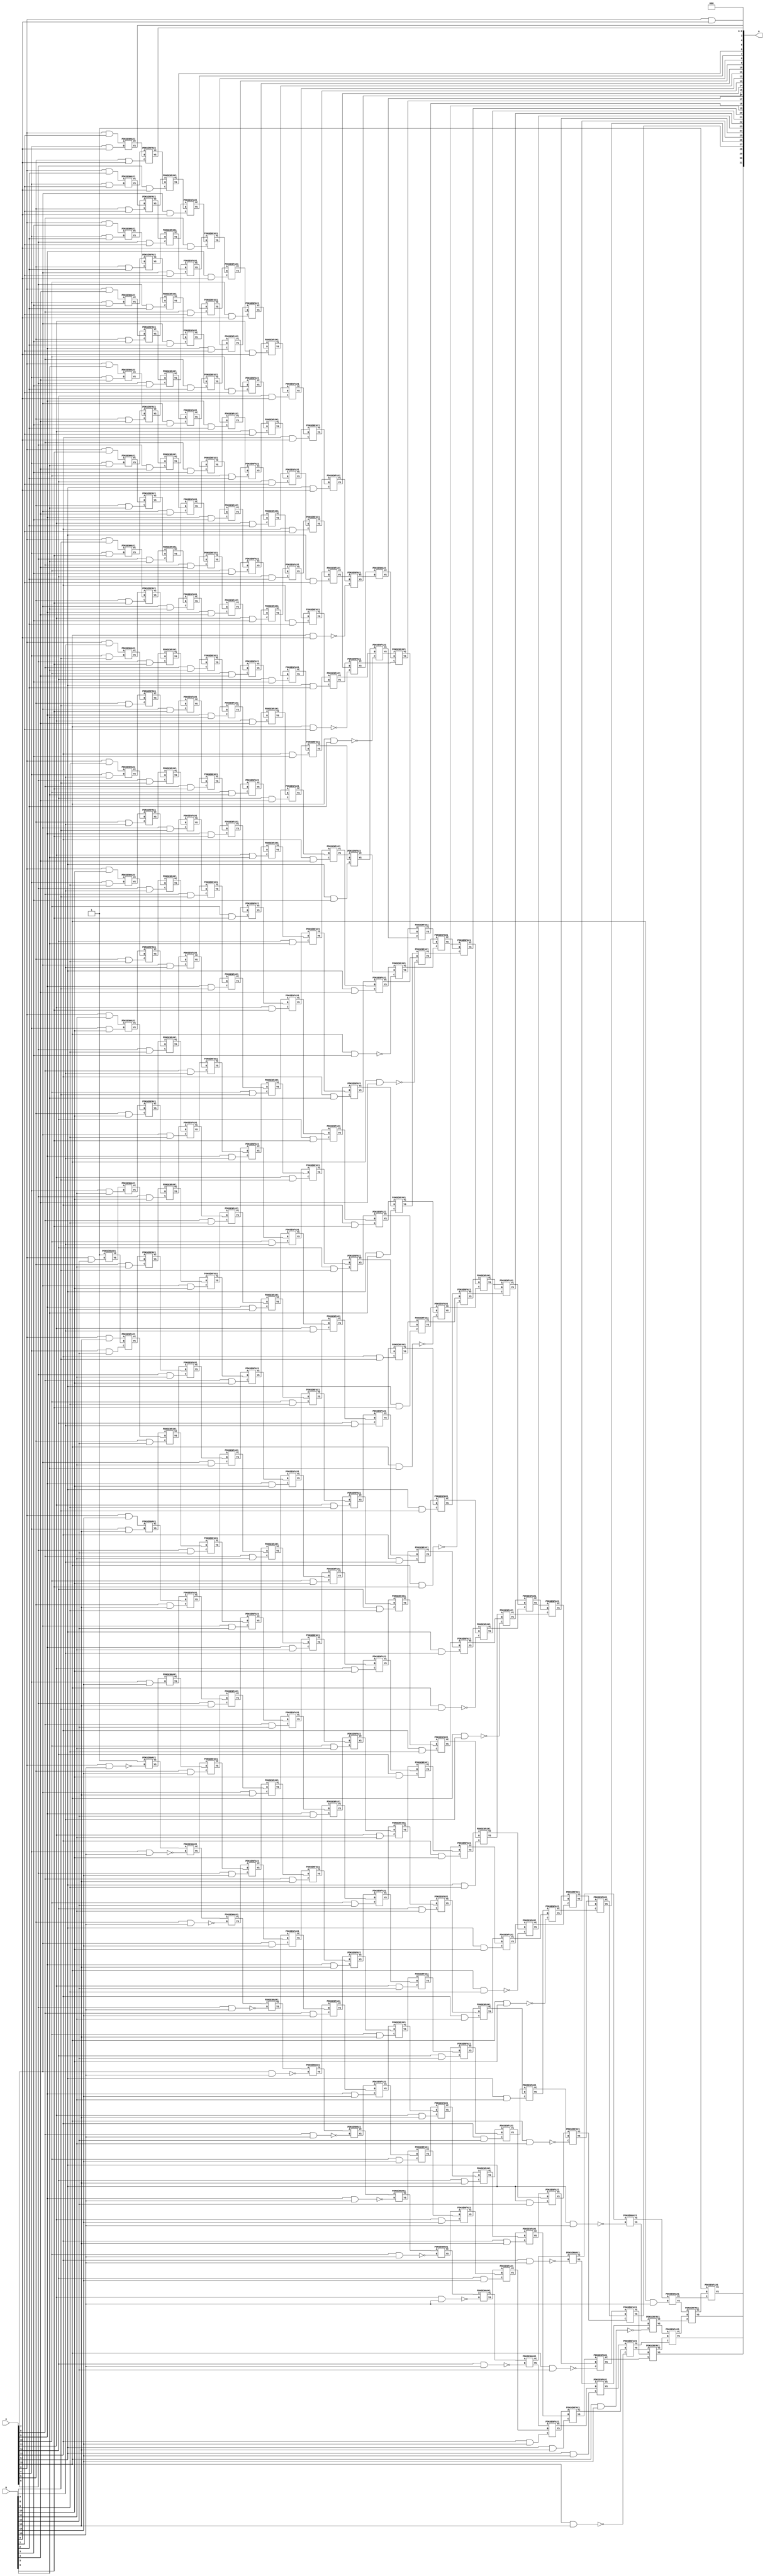
/***
* This code is a part of EvoApproxLib library (ehw.fit.vutbr.cz/approxlib) distributed under The MIT License.
* When used, please cite the following article(s): V. Mrazek, Z. Vasicek, L. Sekanina, H. Jiang and J. Han, "Scalable Construction of Approximate Multipliers With Formally Guaranteed Worst Case Error" in IEEE Transactions on Very Large Scale Integration (VLSI) Systems, vol. 26, no. 11, pp. 2572-2576, Nov. 2018. doi: 10.1109/TVLSI.2018.2856362 
* This file contains a circuit from a sub-set of pareto optimal circuits with respect to the pwr and ep parameters
***/
// MAE% = 0.0013 %
// MAE = 57344 
// WCE% = 0.0053 %
// WCE = 229376 
// WCRE% = 700.00 %
// EP% = 87.50 %
// MRE% = 0.12 %
// MSE = 62634.94e5 
// PDK45_PWR = 1.961 mW
// PDK45_AREA = 2495.7 um2
// PDK45_DELAY = 2.87 ns


module mul16s_G7F ( A, B, O );
  input [15:0] A;
  input [15:0] B;
  output [31:0] O;

  wire C_10_0,C_10_1,C_10_10,C_10_11,C_10_12,C_10_13,C_10_14,C_10_15,C_10_2,C_10_3,C_10_4,C_10_5,C_10_6,C_10_7,C_10_8,C_10_9,C_11_0,C_11_1,C_11_10,C_11_11,C_11_12,C_11_13,C_11_14,C_11_15,C_11_2,C_11_3,C_11_4,C_11_5,C_11_6,C_11_7,C_11_8,C_11_9,C_12_0,C_12_1,C_12_10,C_12_11,C_12_12,C_12_13,C_12_14,C_12_15,C_12_2,C_12_3,C_12_4,C_12_5,C_12_6,C_12_7,C_12_8,C_12_9,C_13_0,C_13_1,C_13_10,C_13_11,C_13_12,C_13_13,C_13_14,C_13_15,C_13_2,C_13_3,C_13_4,C_13_5,C_13_6,C_13_7,C_13_8,C_13_9,C_14_0,C_14_1,C_14_10,C_14_11,C_14_12,C_14_13,C_14_14,C_14_15,C_14_2,C_14_3,C_14_4,C_14_5,C_14_6,C_14_7,C_14_8,C_14_9,C_15_0,C_15_1,C_15_10,C_15_11,C_15_12,C_15_13,C_15_14,C_15_15,C_15_2,C_15_3,C_15_4,C_15_5,C_15_6,C_15_7,C_15_8,C_15_9,C_16_0,C_16_1,C_16_10,C_16_11,C_16_12,C_16_13,C_16_14,C_16_15,C_16_2,C_16_3,C_16_4,C_16_5,C_16_6,C_16_7,C_16_8,C_16_9,C_3_12,C_3_15,C_4_0,C_4_1,C_4_10,C_4_11,C_4_12,C_4_13,C_4_14,C_4_15,C_4_2,C_4_3,C_4_4,C_4_5,C_4_6,C_4_7,C_4_8,C_4_9,C_5_0,C_5_1,C_5_10,C_5_11,C_5_12,C_5_13,C_5_14,C_5_15,C_5_2,C_5_3,C_5_4,C_5_5,C_5_6,C_5_7,C_5_8,C_5_9,C_6_0,C_6_1,C_6_10,C_6_11,C_6_12,C_6_13,C_6_14,C_6_15,C_6_2,C_6_3,C_6_4,C_6_5,C_6_6,C_6_7,C_6_8,C_6_9,C_7_0,C_7_1,C_7_10,C_7_11,C_7_12,C_7_13,C_7_14,C_7_15,C_7_2,C_7_3,C_7_4,C_7_5,C_7_6,C_7_7,C_7_8,C_7_9,C_8_0,C_8_1,C_8_10,C_8_11,C_8_12,C_8_13,C_8_14,C_8_15,C_8_2,C_8_3,C_8_4,C_8_5,C_8_6,C_8_7,C_8_8,C_8_9,C_9_0,C_9_1,C_9_10,C_9_11,C_9_12,C_9_13,C_9_14,C_9_15,C_9_2,C_9_3,C_9_4,C_9_5,C_9_6,C_9_7,C_9_8,C_9_9,S_0_15,S_10_0,S_10_1,S_10_10,S_10_11,S_10_12,S_10_13,S_10_14,S_10_15,S_10_2,S_10_3,S_10_4,S_10_5,S_10_6,S_10_7,S_10_8,S_10_9,S_11_0,S_11_1,S_11_10,S_11_11,S_11_12,S_11_13,S_11_14,S_11_15,S_11_2,S_11_3,S_11_4,S_11_5,S_11_6,S_11_7,S_11_8,S_11_9,S_12_0,S_12_1,S_12_10,S_12_11,S_12_12,S_12_13,S_12_14,S_12_15,S_12_2,S_12_3,S_12_4,S_12_5,S_12_6,S_12_7,S_12_8,S_12_9,S_13_0,S_13_1,S_13_10,S_13_11,S_13_12,S_13_13,S_13_14,S_13_15,S_13_2,S_13_3,S_13_4,S_13_5,S_13_6,S_13_7,S_13_8,S_13_9,S_14_0,S_14_1,S_14_10,S_14_11,S_14_12,S_14_13,S_14_14,S_14_15,S_14_2,S_14_3,S_14_4,S_14_5,S_14_6,S_14_7,S_14_8,S_14_9,S_15_0,S_15_1,S_15_10,S_15_11,S_15_12,S_15_13,S_15_14,S_15_15,S_15_2,S_15_3,S_15_4,S_15_5,S_15_6,S_15_7,S_15_8,S_15_9,S_16_0,S_16_1,S_16_10,S_16_11,S_16_12,S_16_13,S_16_14,S_16_15,S_16_2,S_16_3,S_16_4,S_16_5,S_16_6,S_16_7,S_16_8,S_16_9,S_1_14,S_2_13,S_3_0,S_3_1,S_3_10,S_3_11,S_3_12,S_3_13,S_3_14,S_3_15,S_3_2,S_3_3,S_3_4,S_3_5,S_3_6,S_3_7,S_3_8,S_3_9,S_4_0,S_4_1,S_4_10,S_4_11,S_4_12,S_4_13,S_4_14,S_4_15,S_4_2,S_4_3,S_4_4,S_4_5,S_4_6,S_4_7,S_4_8,S_4_9,S_5_0,S_5_1,S_5_10,S_5_11,S_5_12,S_5_13,S_5_14,S_5_15,S_5_2,S_5_3,S_5_4,S_5_5,S_5_6,S_5_7,S_5_8,S_5_9,S_6_0,S_6_1,S_6_10,S_6_11,S_6_12,S_6_13,S_6_14,S_6_15,S_6_2,S_6_3,S_6_4,S_6_5,S_6_6,S_6_7,S_6_8,S_6_9,S_7_0,S_7_1,S_7_10,S_7_11,S_7_12,S_7_13,S_7_14,S_7_15,S_7_2,S_7_3,S_7_4,S_7_5,S_7_6,S_7_7,S_7_8,S_7_9,S_8_0,S_8_1,S_8_10,S_8_11,S_8_12,S_8_13,S_8_14,S_8_15,S_8_2,S_8_3,S_8_4,S_8_5,S_8_6,S_8_7,S_8_8,S_8_9,S_9_0,S_9_1,S_9_10,S_9_11,S_9_12,S_9_13,S_9_14,S_9_15,S_9_2,S_9_3,S_9_4,S_9_5,S_9_6,S_9_7,S_9_8,S_9_9;

  assign S_0_15 = 1'b1;
  assign S_1_14 = 1'b1;
  assign S_2_13 = 1'b1;
  assign S_3_0 = (A[3] & B[0]);
  assign S_3_1 = (A[3] & B[1]);
  assign S_3_2 = (A[3] & B[2]);
  assign S_3_3 = (A[3] & B[3]);
  assign S_3_4 = (A[3] & B[4]);
  assign S_3_5 = (A[3] & B[5]);
  assign S_3_6 = (A[3] & B[6]);
  assign S_3_7 = (A[3] & B[7]);
  assign S_3_8 = (A[3] & B[8]);
  assign S_3_9 = (A[3] & B[9]);
  assign S_3_10 = (A[3] & B[10]);
  assign S_3_11 = (A[3] & B[11]);
  PDKGENHAX1 U127789 (.A(S_2_13), .B((A[3] & B[12])), .YS(S_3_12), .YC(C_3_12));
  assign S_3_13 = (A[3] & B[13]);
  assign S_3_14 = (A[3] & B[14]);
  PDKGENHAX1 U127792 (.A(1'b1), .B(~(A[3] & B[15])), .YS(S_3_15), .YC(C_3_15));
  PDKGENHAX1 U127793 (.A(S_3_1), .B((A[4] & B[0])), .YS(S_4_0), .YC(C_4_0));
  PDKGENHAX1 U127794 (.A(S_3_2), .B((A[4] & B[1])), .YS(S_4_1), .YC(C_4_1));
  PDKGENHAX1 U127795 (.A(S_3_3), .B((A[4] & B[2])), .YS(S_4_2), .YC(C_4_2));
  PDKGENHAX1 U127796 (.A(S_3_4), .B((A[4] & B[3])), .YS(S_4_3), .YC(C_4_3));
  PDKGENHAX1 U127797 (.A(S_3_5), .B((A[4] & B[4])), .YS(S_4_4), .YC(C_4_4));
  PDKGENHAX1 U127798 (.A(S_3_6), .B((A[4] & B[5])), .YS(S_4_5), .YC(C_4_5));
  PDKGENHAX1 U127799 (.A(S_3_7), .B((A[4] & B[6])), .YS(S_4_6), .YC(C_4_6));
  PDKGENHAX1 U127800 (.A(S_3_8), .B((A[4] & B[7])), .YS(S_4_7), .YC(C_4_7));
  PDKGENHAX1 U127801 (.A(S_3_9), .B((A[4] & B[8])), .YS(S_4_8), .YC(C_4_8));
  PDKGENHAX1 U127802 (.A(S_3_10), .B((A[4] & B[9])), .YS(S_4_9), .YC(C_4_9));
  PDKGENHAX1 U127803 (.A(S_3_11), .B((A[4] & B[10])), .YS(S_4_10), .YC(C_4_10));
  PDKGENHAX1 U127804 (.A(S_3_12), .B((A[4] & B[11])), .YS(S_4_11), .YC(C_4_11));
  PDKGENFAX1 U127805 (.A(S_3_13), .B(C_3_12), .C((A[4] & B[12])), .YS(S_4_12), .YC(C_4_12));
  PDKGENHAX1 U127806 (.A(S_3_14), .B((A[4] & B[13])), .YS(S_4_13), .YC(C_4_13));
  PDKGENHAX1 U127807 (.A(S_3_15), .B((A[4] & B[14])), .YS(S_4_14), .YC(C_4_14));
  PDKGENHAX1 U127808 (.A(C_3_15), .B(~(A[4] & B[15])), .YS(S_4_15), .YC(C_4_15));
  PDKGENFAX1 U127809 (.A(S_4_1), .B(C_4_0), .C((A[5] & B[0])), .YS(S_5_0), .YC(C_5_0));
  PDKGENFAX1 U127810 (.A(S_4_2), .B(C_4_1), .C((A[5] & B[1])), .YS(S_5_1), .YC(C_5_1));
  PDKGENFAX1 U127811 (.A(S_4_3), .B(C_4_2), .C((A[5] & B[2])), .YS(S_5_2), .YC(C_5_2));
  PDKGENFAX1 U127812 (.A(S_4_4), .B(C_4_3), .C((A[5] & B[3])), .YS(S_5_3), .YC(C_5_3));
  PDKGENFAX1 U127813 (.A(S_4_5), .B(C_4_4), .C((A[5] & B[4])), .YS(S_5_4), .YC(C_5_4));
  PDKGENFAX1 U127814 (.A(S_4_6), .B(C_4_5), .C((A[5] & B[5])), .YS(S_5_5), .YC(C_5_5));
  PDKGENFAX1 U127815 (.A(S_4_7), .B(C_4_6), .C((A[5] & B[6])), .YS(S_5_6), .YC(C_5_6));
  PDKGENFAX1 U127816 (.A(S_4_8), .B(C_4_7), .C((A[5] & B[7])), .YS(S_5_7), .YC(C_5_7));
  PDKGENFAX1 U127817 (.A(S_4_9), .B(C_4_8), .C((A[5] & B[8])), .YS(S_5_8), .YC(C_5_8));
  PDKGENFAX1 U127818 (.A(S_4_10), .B(C_4_9), .C((A[5] & B[9])), .YS(S_5_9), .YC(C_5_9));
  PDKGENFAX1 U127819 (.A(S_4_11), .B(C_4_10), .C((A[5] & B[10])), .YS(S_5_10), .YC(C_5_10));
  PDKGENFAX1 U127820 (.A(S_4_12), .B(C_4_11), .C((A[5] & B[11])), .YS(S_5_11), .YC(C_5_11));
  PDKGENFAX1 U127821 (.A(S_4_13), .B(C_4_12), .C((A[5] & B[12])), .YS(S_5_12), .YC(C_5_12));
  PDKGENFAX1 U127822 (.A(S_4_14), .B(C_4_13), .C((A[5] & B[13])), .YS(S_5_13), .YC(C_5_13));
  PDKGENFAX1 U127823 (.A(S_4_15), .B(C_4_14), .C((A[5] & B[14])), .YS(S_5_14), .YC(C_5_14));
  PDKGENHAX1 U127824 (.A(C_4_15), .B(~(A[5] & B[15])), .YS(S_5_15), .YC(C_5_15));
  PDKGENFAX1 U127825 (.A(S_5_1), .B(C_5_0), .C((A[6] & B[0])), .YS(S_6_0), .YC(C_6_0));
  PDKGENFAX1 U127826 (.A(S_5_2), .B(C_5_1), .C((A[6] & B[1])), .YS(S_6_1), .YC(C_6_1));
  PDKGENFAX1 U127827 (.A(S_5_3), .B(C_5_2), .C((A[6] & B[2])), .YS(S_6_2), .YC(C_6_2));
  PDKGENFAX1 U127828 (.A(S_5_4), .B(C_5_3), .C((A[6] & B[3])), .YS(S_6_3), .YC(C_6_3));
  PDKGENFAX1 U127829 (.A(S_5_5), .B(C_5_4), .C((A[6] & B[4])), .YS(S_6_4), .YC(C_6_4));
  PDKGENFAX1 U127830 (.A(S_5_6), .B(C_5_5), .C((A[6] & B[5])), .YS(S_6_5), .YC(C_6_5));
  PDKGENFAX1 U127831 (.A(S_5_7), .B(C_5_6), .C((A[6] & B[6])), .YS(S_6_6), .YC(C_6_6));
  PDKGENFAX1 U127832 (.A(S_5_8), .B(C_5_7), .C((A[6] & B[7])), .YS(S_6_7), .YC(C_6_7));
  PDKGENFAX1 U127833 (.A(S_5_9), .B(C_5_8), .C((A[6] & B[8])), .YS(S_6_8), .YC(C_6_8));
  PDKGENFAX1 U127834 (.A(S_5_10), .B(C_5_9), .C((A[6] & B[9])), .YS(S_6_9), .YC(C_6_9));
  PDKGENFAX1 U127835 (.A(S_5_11), .B(C_5_10), .C((A[6] & B[10])), .YS(S_6_10), .YC(C_6_10));
  PDKGENFAX1 U127836 (.A(S_5_12), .B(C_5_11), .C((A[6] & B[11])), .YS(S_6_11), .YC(C_6_11));
  PDKGENFAX1 U127837 (.A(S_5_13), .B(C_5_12), .C((A[6] & B[12])), .YS(S_6_12), .YC(C_6_12));
  PDKGENFAX1 U127838 (.A(S_5_14), .B(C_5_13), .C((A[6] & B[13])), .YS(S_6_13), .YC(C_6_13));
  PDKGENFAX1 U127839 (.A(S_5_15), .B(C_5_14), .C((A[6] & B[14])), .YS(S_6_14), .YC(C_6_14));
  PDKGENHAX1 U127840 (.A(C_5_15), .B(~(A[6] & B[15])), .YS(S_6_15), .YC(C_6_15));
  PDKGENFAX1 U127841 (.A(S_6_1), .B(C_6_0), .C((A[7] & B[0])), .YS(S_7_0), .YC(C_7_0));
  PDKGENFAX1 U127842 (.A(S_6_2), .B(C_6_1), .C((A[7] & B[1])), .YS(S_7_1), .YC(C_7_1));
  PDKGENFAX1 U127843 (.A(S_6_3), .B(C_6_2), .C((A[7] & B[2])), .YS(S_7_2), .YC(C_7_2));
  PDKGENFAX1 U127844 (.A(S_6_4), .B(C_6_3), .C((A[7] & B[3])), .YS(S_7_3), .YC(C_7_3));
  PDKGENFAX1 U127845 (.A(S_6_5), .B(C_6_4), .C((A[7] & B[4])), .YS(S_7_4), .YC(C_7_4));
  PDKGENFAX1 U127846 (.A(S_6_6), .B(C_6_5), .C((A[7] & B[5])), .YS(S_7_5), .YC(C_7_5));
  PDKGENFAX1 U127847 (.A(S_6_7), .B(C_6_6), .C((A[7] & B[6])), .YS(S_7_6), .YC(C_7_6));
  PDKGENFAX1 U127848 (.A(S_6_8), .B(C_6_7), .C((A[7] & B[7])), .YS(S_7_7), .YC(C_7_7));
  PDKGENFAX1 U127849 (.A(S_6_9), .B(C_6_8), .C((A[7] & B[8])), .YS(S_7_8), .YC(C_7_8));
  PDKGENFAX1 U127850 (.A(S_6_10), .B(C_6_9), .C((A[7] & B[9])), .YS(S_7_9), .YC(C_7_9));
  PDKGENFAX1 U127851 (.A(S_6_11), .B(C_6_10), .C((A[7] & B[10])), .YS(S_7_10), .YC(C_7_10));
  PDKGENFAX1 U127852 (.A(S_6_12), .B(C_6_11), .C((A[7] & B[11])), .YS(S_7_11), .YC(C_7_11));
  PDKGENFAX1 U127853 (.A(S_6_13), .B(C_6_12), .C((A[7] & B[12])), .YS(S_7_12), .YC(C_7_12));
  PDKGENFAX1 U127854 (.A(S_6_14), .B(C_6_13), .C((A[7] & B[13])), .YS(S_7_13), .YC(C_7_13));
  PDKGENFAX1 U127855 (.A(S_6_15), .B(C_6_14), .C((A[7] & B[14])), .YS(S_7_14), .YC(C_7_14));
  PDKGENHAX1 U127856 (.A(C_6_15), .B(~(A[7] & B[15])), .YS(S_7_15), .YC(C_7_15));
  PDKGENFAX1 U127857 (.A(S_7_1), .B(C_7_0), .C((A[8] & B[0])), .YS(S_8_0), .YC(C_8_0));
  PDKGENFAX1 U127858 (.A(S_7_2), .B(C_7_1), .C((A[8] & B[1])), .YS(S_8_1), .YC(C_8_1));
  PDKGENFAX1 U127859 (.A(S_7_3), .B(C_7_2), .C((A[8] & B[2])), .YS(S_8_2), .YC(C_8_2));
  PDKGENFAX1 U127860 (.A(S_7_4), .B(C_7_3), .C((A[8] & B[3])), .YS(S_8_3), .YC(C_8_3));
  PDKGENFAX1 U127861 (.A(S_7_5), .B(C_7_4), .C((A[8] & B[4])), .YS(S_8_4), .YC(C_8_4));
  PDKGENFAX1 U127862 (.A(S_7_6), .B(C_7_5), .C((A[8] & B[5])), .YS(S_8_5), .YC(C_8_5));
  PDKGENFAX1 U127863 (.A(S_7_7), .B(C_7_6), .C((A[8] & B[6])), .YS(S_8_6), .YC(C_8_6));
  PDKGENFAX1 U127864 (.A(S_7_8), .B(C_7_7), .C((A[8] & B[7])), .YS(S_8_7), .YC(C_8_7));
  PDKGENFAX1 U127865 (.A(S_7_9), .B(C_7_8), .C((A[8] & B[8])), .YS(S_8_8), .YC(C_8_8));
  PDKGENFAX1 U127866 (.A(S_7_10), .B(C_7_9), .C((A[8] & B[9])), .YS(S_8_9), .YC(C_8_9));
  PDKGENFAX1 U127867 (.A(S_7_11), .B(C_7_10), .C((A[8] & B[10])), .YS(S_8_10), .YC(C_8_10));
  PDKGENFAX1 U127868 (.A(S_7_12), .B(C_7_11), .C((A[8] & B[11])), .YS(S_8_11), .YC(C_8_11));
  PDKGENFAX1 U127869 (.A(S_7_13), .B(C_7_12), .C((A[8] & B[12])), .YS(S_8_12), .YC(C_8_12));
  PDKGENFAX1 U127870 (.A(S_7_14), .B(C_7_13), .C((A[8] & B[13])), .YS(S_8_13), .YC(C_8_13));
  PDKGENFAX1 U127871 (.A(S_7_15), .B(C_7_14), .C((A[8] & B[14])), .YS(S_8_14), .YC(C_8_14));
  PDKGENHAX1 U127872 (.A(C_7_15), .B(~(A[8] & B[15])), .YS(S_8_15), .YC(C_8_15));
  PDKGENFAX1 U127873 (.A(S_8_1), .B(C_8_0), .C((A[9] & B[0])), .YS(S_9_0), .YC(C_9_0));
  PDKGENFAX1 U127874 (.A(S_8_2), .B(C_8_1), .C((A[9] & B[1])), .YS(S_9_1), .YC(C_9_1));
  PDKGENFAX1 U127875 (.A(S_8_3), .B(C_8_2), .C((A[9] & B[2])), .YS(S_9_2), .YC(C_9_2));
  PDKGENFAX1 U127876 (.A(S_8_4), .B(C_8_3), .C((A[9] & B[3])), .YS(S_9_3), .YC(C_9_3));
  PDKGENFAX1 U127877 (.A(S_8_5), .B(C_8_4), .C((A[9] & B[4])), .YS(S_9_4), .YC(C_9_4));
  PDKGENFAX1 U127878 (.A(S_8_6), .B(C_8_5), .C((A[9] & B[5])), .YS(S_9_5), .YC(C_9_5));
  PDKGENFAX1 U127879 (.A(S_8_7), .B(C_8_6), .C((A[9] & B[6])), .YS(S_9_6), .YC(C_9_6));
  PDKGENFAX1 U127880 (.A(S_8_8), .B(C_8_7), .C((A[9] & B[7])), .YS(S_9_7), .YC(C_9_7));
  PDKGENFAX1 U127881 (.A(S_8_9), .B(C_8_8), .C((A[9] & B[8])), .YS(S_9_8), .YC(C_9_8));
  PDKGENFAX1 U127882 (.A(S_8_10), .B(C_8_9), .C((A[9] & B[9])), .YS(S_9_9), .YC(C_9_9));
  PDKGENFAX1 U127883 (.A(S_8_11), .B(C_8_10), .C((A[9] & B[10])), .YS(S_9_10), .YC(C_9_10));
  PDKGENFAX1 U127884 (.A(S_8_12), .B(C_8_11), .C((A[9] & B[11])), .YS(S_9_11), .YC(C_9_11));
  PDKGENFAX1 U127885 (.A(S_8_13), .B(C_8_12), .C((A[9] & B[12])), .YS(S_9_12), .YC(C_9_12));
  PDKGENFAX1 U127886 (.A(S_8_14), .B(C_8_13), .C((A[9] & B[13])), .YS(S_9_13), .YC(C_9_13));
  PDKGENFAX1 U127887 (.A(S_8_15), .B(C_8_14), .C((A[9] & B[14])), .YS(S_9_14), .YC(C_9_14));
  PDKGENHAX1 U127888 (.A(C_8_15), .B(~(A[9] & B[15])), .YS(S_9_15), .YC(C_9_15));
  PDKGENFAX1 U127889 (.A(S_9_1), .B(C_9_0), .C((A[10] & B[0])), .YS(S_10_0), .YC(C_10_0));
  PDKGENFAX1 U127890 (.A(S_9_2), .B(C_9_1), .C((A[10] & B[1])), .YS(S_10_1), .YC(C_10_1));
  PDKGENFAX1 U127891 (.A(S_9_3), .B(C_9_2), .C((A[10] & B[2])), .YS(S_10_2), .YC(C_10_2));
  PDKGENFAX1 U127892 (.A(S_9_4), .B(C_9_3), .C((A[10] & B[3])), .YS(S_10_3), .YC(C_10_3));
  PDKGENFAX1 U127893 (.A(S_9_5), .B(C_9_4), .C((A[10] & B[4])), .YS(S_10_4), .YC(C_10_4));
  PDKGENFAX1 U127894 (.A(S_9_6), .B(C_9_5), .C((A[10] & B[5])), .YS(S_10_5), .YC(C_10_5));
  PDKGENFAX1 U127895 (.A(S_9_7), .B(C_9_6), .C((A[10] & B[6])), .YS(S_10_6), .YC(C_10_6));
  PDKGENFAX1 U127896 (.A(S_9_8), .B(C_9_7), .C((A[10] & B[7])), .YS(S_10_7), .YC(C_10_7));
  PDKGENFAX1 U127897 (.A(S_9_9), .B(C_9_8), .C((A[10] & B[8])), .YS(S_10_8), .YC(C_10_8));
  PDKGENFAX1 U127898 (.A(S_9_10), .B(C_9_9), .C((A[10] & B[9])), .YS(S_10_9), .YC(C_10_9));
  PDKGENFAX1 U127899 (.A(S_9_11), .B(C_9_10), .C((A[10] & B[10])), .YS(S_10_10), .YC(C_10_10));
  PDKGENFAX1 U127900 (.A(S_9_12), .B(C_9_11), .C((A[10] & B[11])), .YS(S_10_11), .YC(C_10_11));
  PDKGENFAX1 U127901 (.A(S_9_13), .B(C_9_12), .C((A[10] & B[12])), .YS(S_10_12), .YC(C_10_12));
  PDKGENFAX1 U127902 (.A(S_9_14), .B(C_9_13), .C((A[10] & B[13])), .YS(S_10_13), .YC(C_10_13));
  PDKGENFAX1 U127903 (.A(S_9_15), .B(C_9_14), .C((A[10] & B[14])), .YS(S_10_14), .YC(C_10_14));
  PDKGENHAX1 U127904 (.A(C_9_15), .B(~(A[10] & B[15])), .YS(S_10_15), .YC(C_10_15));
  PDKGENFAX1 U127905 (.A(S_10_1), .B(C_10_0), .C((A[11] & B[0])), .YS(S_11_0), .YC(C_11_0));
  PDKGENFAX1 U127906 (.A(S_10_2), .B(C_10_1), .C((A[11] & B[1])), .YS(S_11_1), .YC(C_11_1));
  PDKGENFAX1 U127907 (.A(S_10_3), .B(C_10_2), .C((A[11] & B[2])), .YS(S_11_2), .YC(C_11_2));
  PDKGENFAX1 U127908 (.A(S_10_4), .B(C_10_3), .C((A[11] & B[3])), .YS(S_11_3), .YC(C_11_3));
  PDKGENFAX1 U127909 (.A(S_10_5), .B(C_10_4), .C((A[11] & B[4])), .YS(S_11_4), .YC(C_11_4));
  PDKGENFAX1 U127910 (.A(S_10_6), .B(C_10_5), .C((A[11] & B[5])), .YS(S_11_5), .YC(C_11_5));
  PDKGENFAX1 U127911 (.A(S_10_7), .B(C_10_6), .C((A[11] & B[6])), .YS(S_11_6), .YC(C_11_6));
  PDKGENFAX1 U127912 (.A(S_10_8), .B(C_10_7), .C((A[11] & B[7])), .YS(S_11_7), .YC(C_11_7));
  PDKGENFAX1 U127913 (.A(S_10_9), .B(C_10_8), .C((A[11] & B[8])), .YS(S_11_8), .YC(C_11_8));
  PDKGENFAX1 U127914 (.A(S_10_10), .B(C_10_9), .C((A[11] & B[9])), .YS(S_11_9), .YC(C_11_9));
  PDKGENFAX1 U127915 (.A(S_10_11), .B(C_10_10), .C((A[11] & B[10])), .YS(S_11_10), .YC(C_11_10));
  PDKGENFAX1 U127916 (.A(S_10_12), .B(C_10_11), .C((A[11] & B[11])), .YS(S_11_11), .YC(C_11_11));
  PDKGENFAX1 U127917 (.A(S_10_13), .B(C_10_12), .C((A[11] & B[12])), .YS(S_11_12), .YC(C_11_12));
  PDKGENFAX1 U127918 (.A(S_10_14), .B(C_10_13), .C((A[11] & B[13])), .YS(S_11_13), .YC(C_11_13));
  PDKGENFAX1 U127919 (.A(S_10_15), .B(C_10_14), .C((A[11] & B[14])), .YS(S_11_14), .YC(C_11_14));
  PDKGENHAX1 U127920 (.A(C_10_15), .B(~(A[11] & B[15])), .YS(S_11_15), .YC(C_11_15));
  PDKGENFAX1 U127921 (.A(S_11_1), .B(C_11_0), .C((A[12] & B[0])), .YS(S_12_0), .YC(C_12_0));
  PDKGENFAX1 U127922 (.A(S_11_2), .B(C_11_1), .C((A[12] & B[1])), .YS(S_12_1), .YC(C_12_1));
  PDKGENFAX1 U127923 (.A(S_11_3), .B(C_11_2), .C((A[12] & B[2])), .YS(S_12_2), .YC(C_12_2));
  PDKGENFAX1 U127924 (.A(S_11_4), .B(C_11_3), .C((A[12] & B[3])), .YS(S_12_3), .YC(C_12_3));
  PDKGENFAX1 U127925 (.A(S_11_5), .B(C_11_4), .C((A[12] & B[4])), .YS(S_12_4), .YC(C_12_4));
  PDKGENFAX1 U127926 (.A(S_11_6), .B(C_11_5), .C((A[12] & B[5])), .YS(S_12_5), .YC(C_12_5));
  PDKGENFAX1 U127927 (.A(S_11_7), .B(C_11_6), .C((A[12] & B[6])), .YS(S_12_6), .YC(C_12_6));
  PDKGENFAX1 U127928 (.A(S_11_8), .B(C_11_7), .C((A[12] & B[7])), .YS(S_12_7), .YC(C_12_7));
  PDKGENFAX1 U127929 (.A(S_11_9), .B(C_11_8), .C((A[12] & B[8])), .YS(S_12_8), .YC(C_12_8));
  PDKGENFAX1 U127930 (.A(S_11_10), .B(C_11_9), .C((A[12] & B[9])), .YS(S_12_9), .YC(C_12_9));
  PDKGENFAX1 U127931 (.A(S_11_11), .B(C_11_10), .C((A[12] & B[10])), .YS(S_12_10), .YC(C_12_10));
  PDKGENFAX1 U127932 (.A(S_11_12), .B(C_11_11), .C((A[12] & B[11])), .YS(S_12_11), .YC(C_12_11));
  PDKGENFAX1 U127933 (.A(S_11_13), .B(C_11_12), .C((A[12] & B[12])), .YS(S_12_12), .YC(C_12_12));
  PDKGENFAX1 U127934 (.A(S_11_14), .B(C_11_13), .C((A[12] & B[13])), .YS(S_12_13), .YC(C_12_13));
  PDKGENFAX1 U127935 (.A(S_11_15), .B(C_11_14), .C((A[12] & B[14])), .YS(S_12_14), .YC(C_12_14));
  PDKGENHAX1 U127936 (.A(C_11_15), .B(~(A[12] & B[15])), .YS(S_12_15), .YC(C_12_15));
  PDKGENFAX1 U127937 (.A(S_12_1), .B(C_12_0), .C((A[13] & B[0])), .YS(S_13_0), .YC(C_13_0));
  PDKGENFAX1 U127938 (.A(S_12_2), .B(C_12_1), .C((A[13] & B[1])), .YS(S_13_1), .YC(C_13_1));
  PDKGENFAX1 U127939 (.A(S_12_3), .B(C_12_2), .C((A[13] & B[2])), .YS(S_13_2), .YC(C_13_2));
  PDKGENFAX1 U127940 (.A(S_12_4), .B(C_12_3), .C((A[13] & B[3])), .YS(S_13_3), .YC(C_13_3));
  PDKGENFAX1 U127941 (.A(S_12_5), .B(C_12_4), .C((A[13] & B[4])), .YS(S_13_4), .YC(C_13_4));
  PDKGENFAX1 U127942 (.A(S_12_6), .B(C_12_5), .C((A[13] & B[5])), .YS(S_13_5), .YC(C_13_5));
  PDKGENFAX1 U127943 (.A(S_12_7), .B(C_12_6), .C((A[13] & B[6])), .YS(S_13_6), .YC(C_13_6));
  PDKGENFAX1 U127944 (.A(S_12_8), .B(C_12_7), .C((A[13] & B[7])), .YS(S_13_7), .YC(C_13_7));
  PDKGENFAX1 U127945 (.A(S_12_9), .B(C_12_8), .C((A[13] & B[8])), .YS(S_13_8), .YC(C_13_8));
  PDKGENFAX1 U127946 (.A(S_12_10), .B(C_12_9), .C((A[13] & B[9])), .YS(S_13_9), .YC(C_13_9));
  PDKGENFAX1 U127947 (.A(S_12_11), .B(C_12_10), .C((A[13] & B[10])), .YS(S_13_10), .YC(C_13_10));
  PDKGENFAX1 U127948 (.A(S_12_12), .B(C_12_11), .C((A[13] & B[11])), .YS(S_13_11), .YC(C_13_11));
  PDKGENFAX1 U127949 (.A(S_12_13), .B(C_12_12), .C((A[13] & B[12])), .YS(S_13_12), .YC(C_13_12));
  PDKGENFAX1 U127950 (.A(S_12_14), .B(C_12_13), .C((A[13] & B[13])), .YS(S_13_13), .YC(C_13_13));
  PDKGENFAX1 U127951 (.A(S_12_15), .B(C_12_14), .C((A[13] & B[14])), .YS(S_13_14), .YC(C_13_14));
  PDKGENHAX1 U127952 (.A(C_12_15), .B(~(A[13] & B[15])), .YS(S_13_15), .YC(C_13_15));
  PDKGENFAX1 U127953 (.A(S_13_1), .B(C_13_0), .C((A[14] & B[0])), .YS(S_14_0), .YC(C_14_0));
  PDKGENFAX1 U127954 (.A(S_13_2), .B(C_13_1), .C((A[14] & B[1])), .YS(S_14_1), .YC(C_14_1));
  PDKGENFAX1 U127955 (.A(S_13_3), .B(C_13_2), .C((A[14] & B[2])), .YS(S_14_2), .YC(C_14_2));
  PDKGENFAX1 U127956 (.A(S_13_4), .B(C_13_3), .C((A[14] & B[3])), .YS(S_14_3), .YC(C_14_3));
  PDKGENFAX1 U127957 (.A(S_13_5), .B(C_13_4), .C((A[14] & B[4])), .YS(S_14_4), .YC(C_14_4));
  PDKGENFAX1 U127958 (.A(S_13_6), .B(C_13_5), .C((A[14] & B[5])), .YS(S_14_5), .YC(C_14_5));
  PDKGENFAX1 U127959 (.A(S_13_7), .B(C_13_6), .C((A[14] & B[6])), .YS(S_14_6), .YC(C_14_6));
  PDKGENFAX1 U127960 (.A(S_13_8), .B(C_13_7), .C((A[14] & B[7])), .YS(S_14_7), .YC(C_14_7));
  PDKGENFAX1 U127961 (.A(S_13_9), .B(C_13_8), .C((A[14] & B[8])), .YS(S_14_8), .YC(C_14_8));
  PDKGENFAX1 U127962 (.A(S_13_10), .B(C_13_9), .C((A[14] & B[9])), .YS(S_14_9), .YC(C_14_9));
  PDKGENFAX1 U127963 (.A(S_13_11), .B(C_13_10), .C((A[14] & B[10])), .YS(S_14_10), .YC(C_14_10));
  PDKGENFAX1 U127964 (.A(S_13_12), .B(C_13_11), .C((A[14] & B[11])), .YS(S_14_11), .YC(C_14_11));
  PDKGENFAX1 U127965 (.A(S_13_13), .B(C_13_12), .C((A[14] & B[12])), .YS(S_14_12), .YC(C_14_12));
  PDKGENFAX1 U127966 (.A(S_13_14), .B(C_13_13), .C((A[14] & B[13])), .YS(S_14_13), .YC(C_14_13));
  PDKGENFAX1 U127967 (.A(S_13_15), .B(C_13_14), .C((A[14] & B[14])), .YS(S_14_14), .YC(C_14_14));
  PDKGENHAX1 U127968 (.A(C_13_15), .B(~(A[14] & B[15])), .YS(S_14_15), .YC(C_14_15));
  PDKGENFAX1 U127969 (.A(S_14_1), .B(C_14_0), .C(~(A[15] & B[0])), .YS(S_15_0), .YC(C_15_0));
  PDKGENFAX1 U127970 (.A(S_14_2), .B(C_14_1), .C(~(A[15] & B[1])), .YS(S_15_1), .YC(C_15_1));
  PDKGENFAX1 U127971 (.A(S_14_3), .B(C_14_2), .C(~(A[15] & B[2])), .YS(S_15_2), .YC(C_15_2));
  PDKGENFAX1 U127972 (.A(S_14_4), .B(C_14_3), .C(~(A[15] & B[3])), .YS(S_15_3), .YC(C_15_3));
  PDKGENFAX1 U127973 (.A(S_14_5), .B(C_14_4), .C(~(A[15] & B[4])), .YS(S_15_4), .YC(C_15_4));
  PDKGENFAX1 U127974 (.A(S_14_6), .B(C_14_5), .C(~(A[15] & B[5])), .YS(S_15_5), .YC(C_15_5));
  PDKGENFAX1 U127975 (.A(S_14_7), .B(C_14_6), .C(~(A[15] & B[6])), .YS(S_15_6), .YC(C_15_6));
  PDKGENFAX1 U127976 (.A(S_14_8), .B(C_14_7), .C(~(A[15] & B[7])), .YS(S_15_7), .YC(C_15_7));
  PDKGENFAX1 U127977 (.A(S_14_9), .B(C_14_8), .C(~(A[15] & B[8])), .YS(S_15_8), .YC(C_15_8));
  PDKGENFAX1 U127978 (.A(S_14_10), .B(C_14_9), .C(~(A[15] & B[9])), .YS(S_15_9), .YC(C_15_9));
  PDKGENFAX1 U127979 (.A(S_14_11), .B(C_14_10), .C(~(A[15] & B[10])), .YS(S_15_10), .YC(C_15_10));
  PDKGENFAX1 U127980 (.A(S_14_12), .B(C_14_11), .C(~(A[15] & B[11])), .YS(S_15_11), .YC(C_15_11));
  PDKGENFAX1 U127981 (.A(S_14_13), .B(C_14_12), .C(~(A[15] & B[12])), .YS(S_15_12), .YC(C_15_12));
  PDKGENFAX1 U127982 (.A(S_14_14), .B(C_14_13), .C(~(A[15] & B[13])), .YS(S_15_13), .YC(C_15_13));
  PDKGENFAX1 U127983 (.A(S_14_15), .B(C_14_14), .C(~(A[15] & B[14])), .YS(S_15_14), .YC(C_15_14));
  PDKGENHAX1 U127984 (.A(C_14_15), .B((A[15] & B[15])), .YS(S_15_15), .YC(C_15_15));
  PDKGENHAX1 U127985 (.A(S_15_1), .B(C_15_0), .YS(S_16_0), .YC(C_16_0));
  PDKGENFAX1 U127986 (.A(S_15_2), .B(C_16_0), .C(C_15_1), .YS(S_16_1), .YC(C_16_1));
  PDKGENFAX1 U127987 (.A(S_15_3), .B(C_16_1), .C(C_15_2), .YS(S_16_2), .YC(C_16_2));
  PDKGENFAX1 U127988 (.A(S_15_4), .B(C_16_2), .C(C_15_3), .YS(S_16_3), .YC(C_16_3));
  PDKGENFAX1 U127989 (.A(S_15_5), .B(C_16_3), .C(C_15_4), .YS(S_16_4), .YC(C_16_4));
  PDKGENFAX1 U127990 (.A(S_15_6), .B(C_16_4), .C(C_15_5), .YS(S_16_5), .YC(C_16_5));
  PDKGENFAX1 U127991 (.A(S_15_7), .B(C_16_5), .C(C_15_6), .YS(S_16_6), .YC(C_16_6));
  PDKGENFAX1 U127992 (.A(S_15_8), .B(C_16_6), .C(C_15_7), .YS(S_16_7), .YC(C_16_7));
  PDKGENFAX1 U127993 (.A(S_15_9), .B(C_16_7), .C(C_15_8), .YS(S_16_8), .YC(C_16_8));
  PDKGENFAX1 U127994 (.A(S_15_10), .B(C_16_8), .C(C_15_9), .YS(S_16_9), .YC(C_16_9));
  PDKGENFAX1 U127995 (.A(S_15_11), .B(C_16_9), .C(C_15_10), .YS(S_16_10), .YC(C_16_10));
  PDKGENFAX1 U127996 (.A(S_15_12), .B(C_16_10), .C(C_15_11), .YS(S_16_11), .YC(C_16_11));
  PDKGENFAX1 U127997 (.A(S_15_13), .B(C_16_11), .C(C_15_12), .YS(S_16_12), .YC(C_16_12));
  PDKGENFAX1 U127998 (.A(S_15_14), .B(C_16_12), .C(C_15_13), .YS(S_16_13), .YC(C_16_13));
  PDKGENFAX1 U127999 (.A(S_15_15), .B(C_16_13), .C(C_15_14), .YS(S_16_14), .YC(C_16_14));
  PDKGENFAX1 U128000 (.A(1'b1), .B(C_16_14), .C(C_15_15), .YS(S_16_15), .YC(C_16_15));
  assign O = {S_16_15,S_16_14,S_16_13,S_16_12,S_16_11,S_16_10,S_16_9,S_16_8,S_16_7,S_16_6,S_16_5,S_16_4,S_16_3,S_16_2,S_16_1,S_16_0,S_15_0,S_14_0,S_13_0,S_12_0,S_11_0,S_10_0,S_9_0,S_8_0,S_7_0,S_6_0,S_5_0,S_4_0,S_3_0,1'b0,1'b0,1'b0};

endmodule

/* mod */
module PDKGENHAX1( input A, input B, output YS, output YC );
    assign YS = A ^ B;
    assign YC = A & B;
endmodule
/* mod */
module PDKGENFAX1( input A, input B, input C, output YS, output YC );
    assign YS = (A ^ B) ^ C;
    assign YC = (A & B) | (B & C) | (A & C);
endmodule